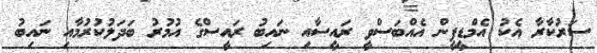
ސަރުކާރާ އެކު އެމްޑީޕީން އެއްބަސްވީ ރައީސާއި ނައިބު ރައީސްގެ އުމުރު ބަދަލުކުރުމާއި ނައިބު